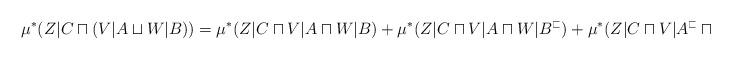
LaTeX: \begin{align*} \mu^\ast(Z|C\sqcap( V|A\sqcup W|B ))=\mu^\ast(Z|C\sqcap V|A\sqcap W|B )+\mu^\ast(Z|C\sqcap V|A\sqcap W|B ^\sqsubset)+\mu^\ast(Z|C\sqcap V|A^\sqsubset\sqcap W|B ). \end{align*}